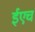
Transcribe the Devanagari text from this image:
ईएच